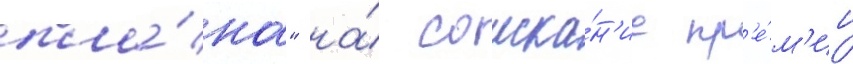
пла́на" на́ соиска́н'ие пр'е́м'ии